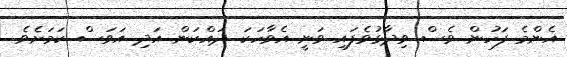
އެންމެ ފަހުން ވެސް ވިދާޅުވެފައި ވަނީ އެވާހަކަ ދައްކަން އަދި އަވަސް ކަމަށެވެ.